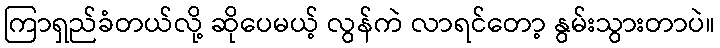
ကြာရှည်ခံတယ်လို့ ဆိုပေမယ့် လွန်ကဲ လာရင်တော့ နွမ်းသွားတာပဲ။